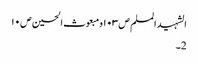
الشہید المسلم ص١٠٣ومبعوث الحسین ص١٠
2۔